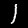
Digit: 1